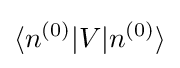
\langle n^{(0)}|V|n^{(0)}\rangle